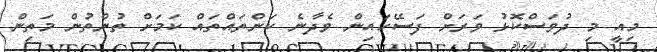
މިއީ މި ދުވަސްކޮޅު ވަރަށް ފަސޭހައިން ވެދާނެ ކަންތައްތައް ކަމަށް ތުންތުން މަތިން